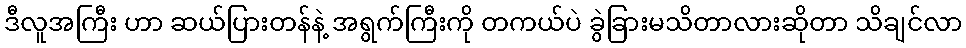
ဒီလူအကြီး ဟာ ဆယ်ပြားတန်နဲ့ အရွက်ကြီးကို တကယ်ပဲ ခွဲခြားမသိတာလားဆိုတာ သိချင်လာ